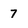
Character: 7